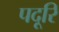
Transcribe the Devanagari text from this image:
पदूरि